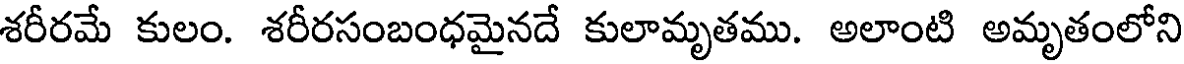
శరీరమే కులం. శరీరసంబంధమైనదే కులామృతము. అలాంటి అమృతంలోని